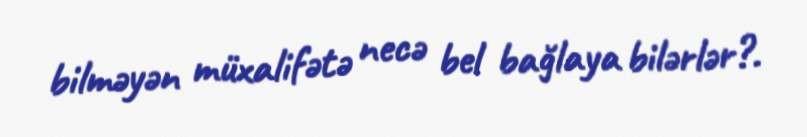
bilməyən müxalifətə necə bel bağlaya bilərlər?.